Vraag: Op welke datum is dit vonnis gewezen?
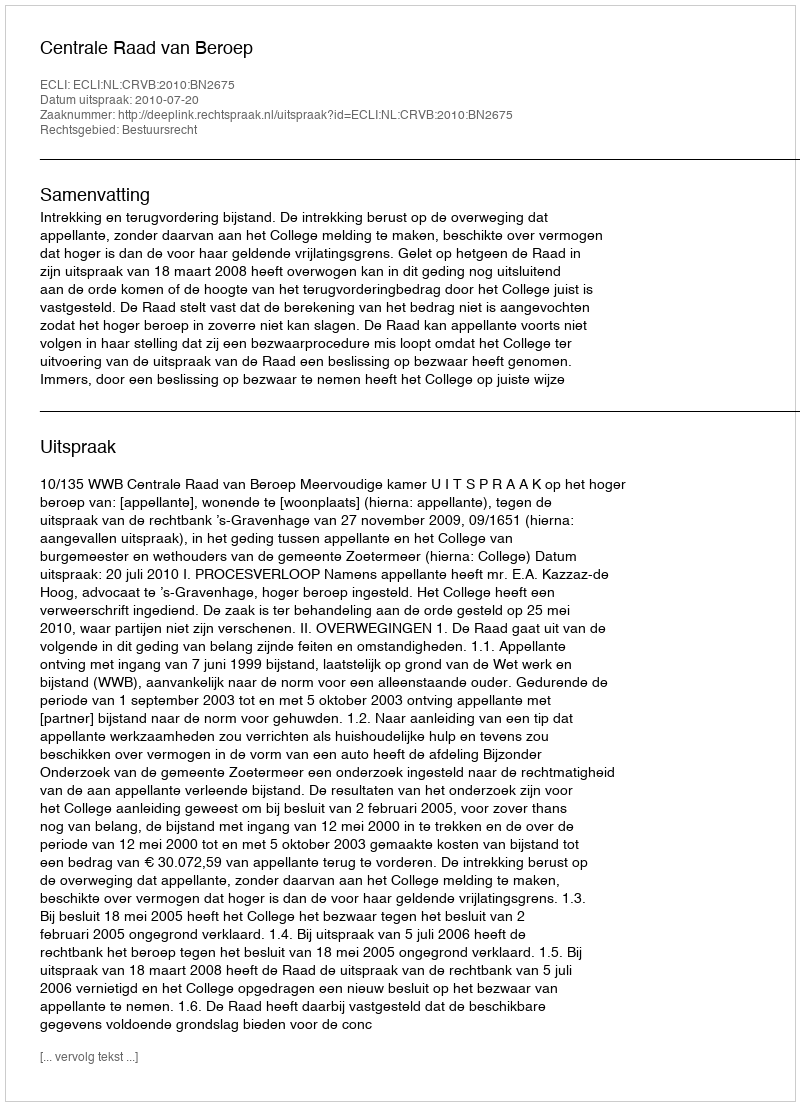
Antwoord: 2010-07-20